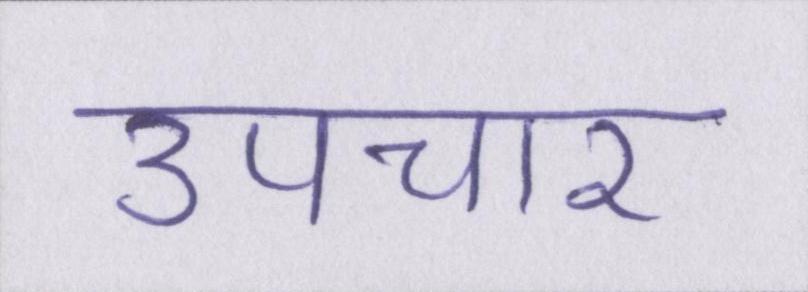
उपचार